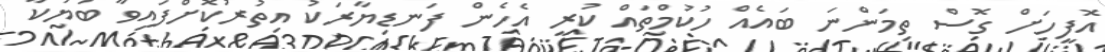
އޮފީހަށް ގޮސް ތިމަންނަ ބައެއް ހުކުމްތައް ކުރީ އެހެން ފަނޑިޔާރަކު އިތުރުކޮށްފައިވާ ބަޔަކާ